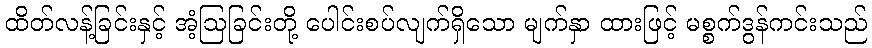
ထိတ်လန့်ခြင်းနှင့် အံ့ဩခြင်းတို့ ပေါင်းစပ်လျက်ရှိသော မျက်နှာ ထားဖြင့် မစ္စက်ဒွန်ကင်းသည်